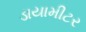
ડાયામીટર